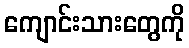
ကျောင်းသားတွေကို